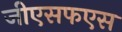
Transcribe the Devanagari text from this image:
जीएसफएस